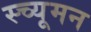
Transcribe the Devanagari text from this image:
स्च्यूमन